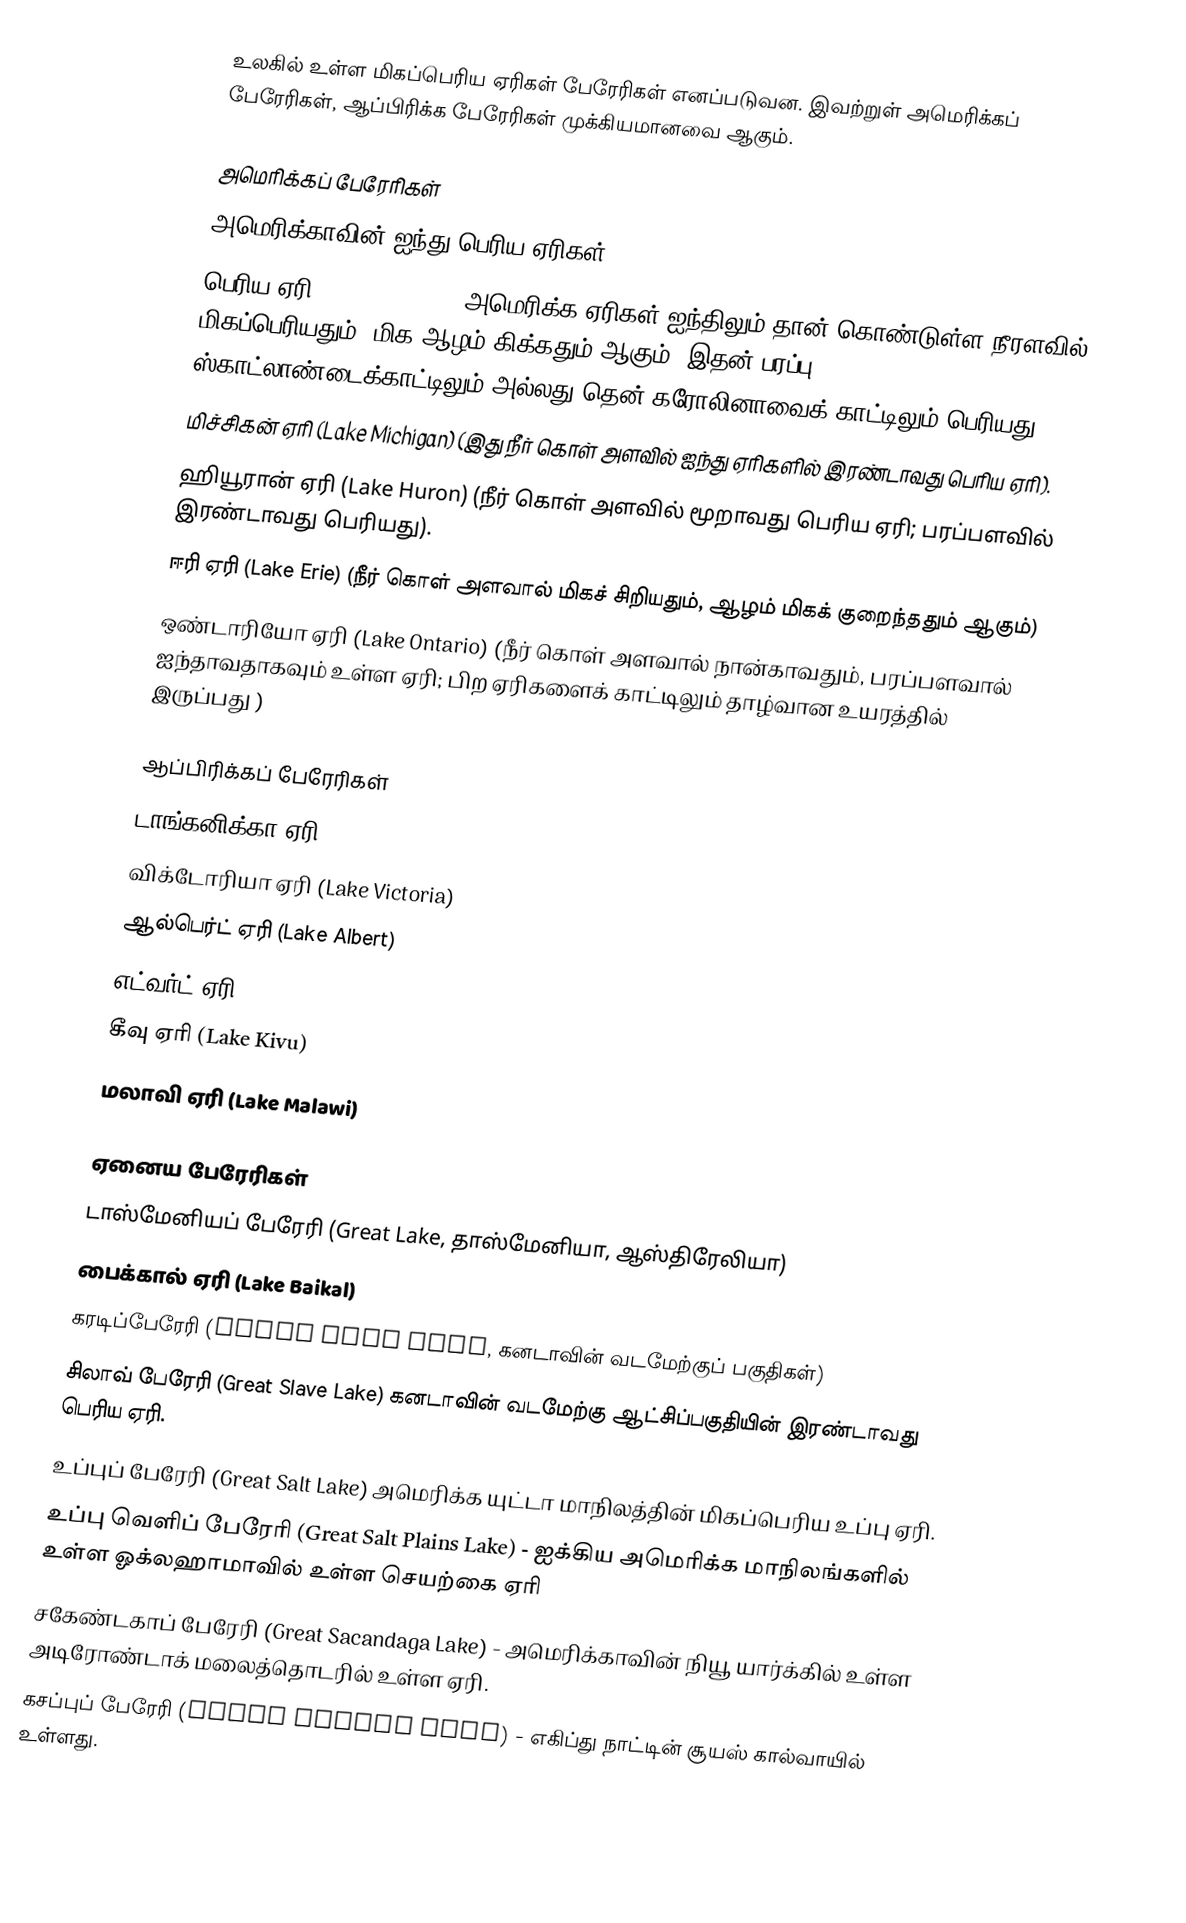
உலகில் உள்ள மிகப்பெரிய ஏரிகள் பேரேரிகள் எனப்படுவன. இவற்றுள் அமெரிக்கப் பேரேரிகள், ஆப்பிரிக்க பேரேரிகள் முக்கியமானவை ஆகும்.

அமெரிக்கப் பேரேரிகள்
அமெரிக்காவின் ஐந்து பெரிய ஏரிகள்
பெரிய ஏரி (Lake Superior) அமெரிக்க ஏரிகள் ஐந்திலும் தான் கொண்டுள்ள நீரளவில் மிகப்பெரியதும், மிக ஆழம் கிக்கதும் ஆகும். இதன் பரப்பு ஸ்காட்லாண்டைக்காட்டிலும் அல்லது தென் கரோலினாவைக் காட்டிலும் பெரியது.
மிச்சிகன் ஏரி (Lake Michigan) (இது நீர் கொள் அளவில் ஐந்து ஏரிகளில் இரண்டாவது பெரிய ஏரி).
ஹியூரான் ஏரி (Lake Huron) (நீர் கொள் அளவில் மூறாவது பெரிய ஏரி; பரப்பளவில் இரண்டாவது பெரியது).
ஈரி ஏரி (Lake Erie) (நீர் கொள் அளவால் மிகச் சிறியதும், ஆழம் மிகக் குறைந்ததும் ஆகும்)
ஒண்டாரியோ ஏரி (Lake Ontario) (நீர் கொள் அளவால் நான்காவதும், பரப்பளவால் ஐந்தாவதாகவும் உள்ள ஏரி; பிற ஏரிகளைக் காட்டிலும் தாழ்வான உயரத்தில் இருப்பது )

ஆப்பிரிக்கப் பேரேரிகள்
 டாங்கனிக்கா ஏரி (Lake Tanganyika)
 விக்டோரியா ஏரி (Lake Victoria)
 ஆல்பெர்ட் ஏரி (Lake Albert)
 எட்வர்ட் ஏரி (Lake Edward)
 கீவு ஏரி (Lake Kivu)
 மலாவி ஏரி (Lake Malawi)

ஏனைய பேரேரிகள்
 டாஸ்மேனியப் பேரேரி (Great Lake, தாஸ்மேனியா, ஆஸ்திரேலியா)
 பைக்கால் ஏரி (Lake Baikal)
 கரடிப்பேரேரி (Great Bear Lake, கனடாவின் வடமேற்குப் பகுதிகள்)
 சிலாவ் பேரேரி (Great Slave Lake) கனடாவின் வடமேற்கு ஆட்சிப்பகுதியின் இரண்டாவது பெரிய ஏரி.
 உப்புப் பேரேரி (Great Salt Lake) அமெரிக்க யுட்டா மாநிலத்தின் மிகப்பெரிய உப்பு ஏரி.
 உப்பு வெளிப் பேரேரி (Great Salt Plains Lake) - ஐக்கிய அமெரிக்க மாநிலங்களில் உள்ள ஓக்லஹாமாவில் உள்ள செயற்கை ஏரி
 சகேண்டகாப் பேரேரி (Great Sacandaga Lake) - அமெரிக்காவின் நியூ யார்க்கில் உள்ள அடிரோண்டாக் மலைத்தொடரில் உள்ள ஏரி.
 கசப்புப் பேரேரி (Great Bitter Lake) - எகிப்து நாட்டின் சூயஸ் கால்வாயில் உள்ளது.